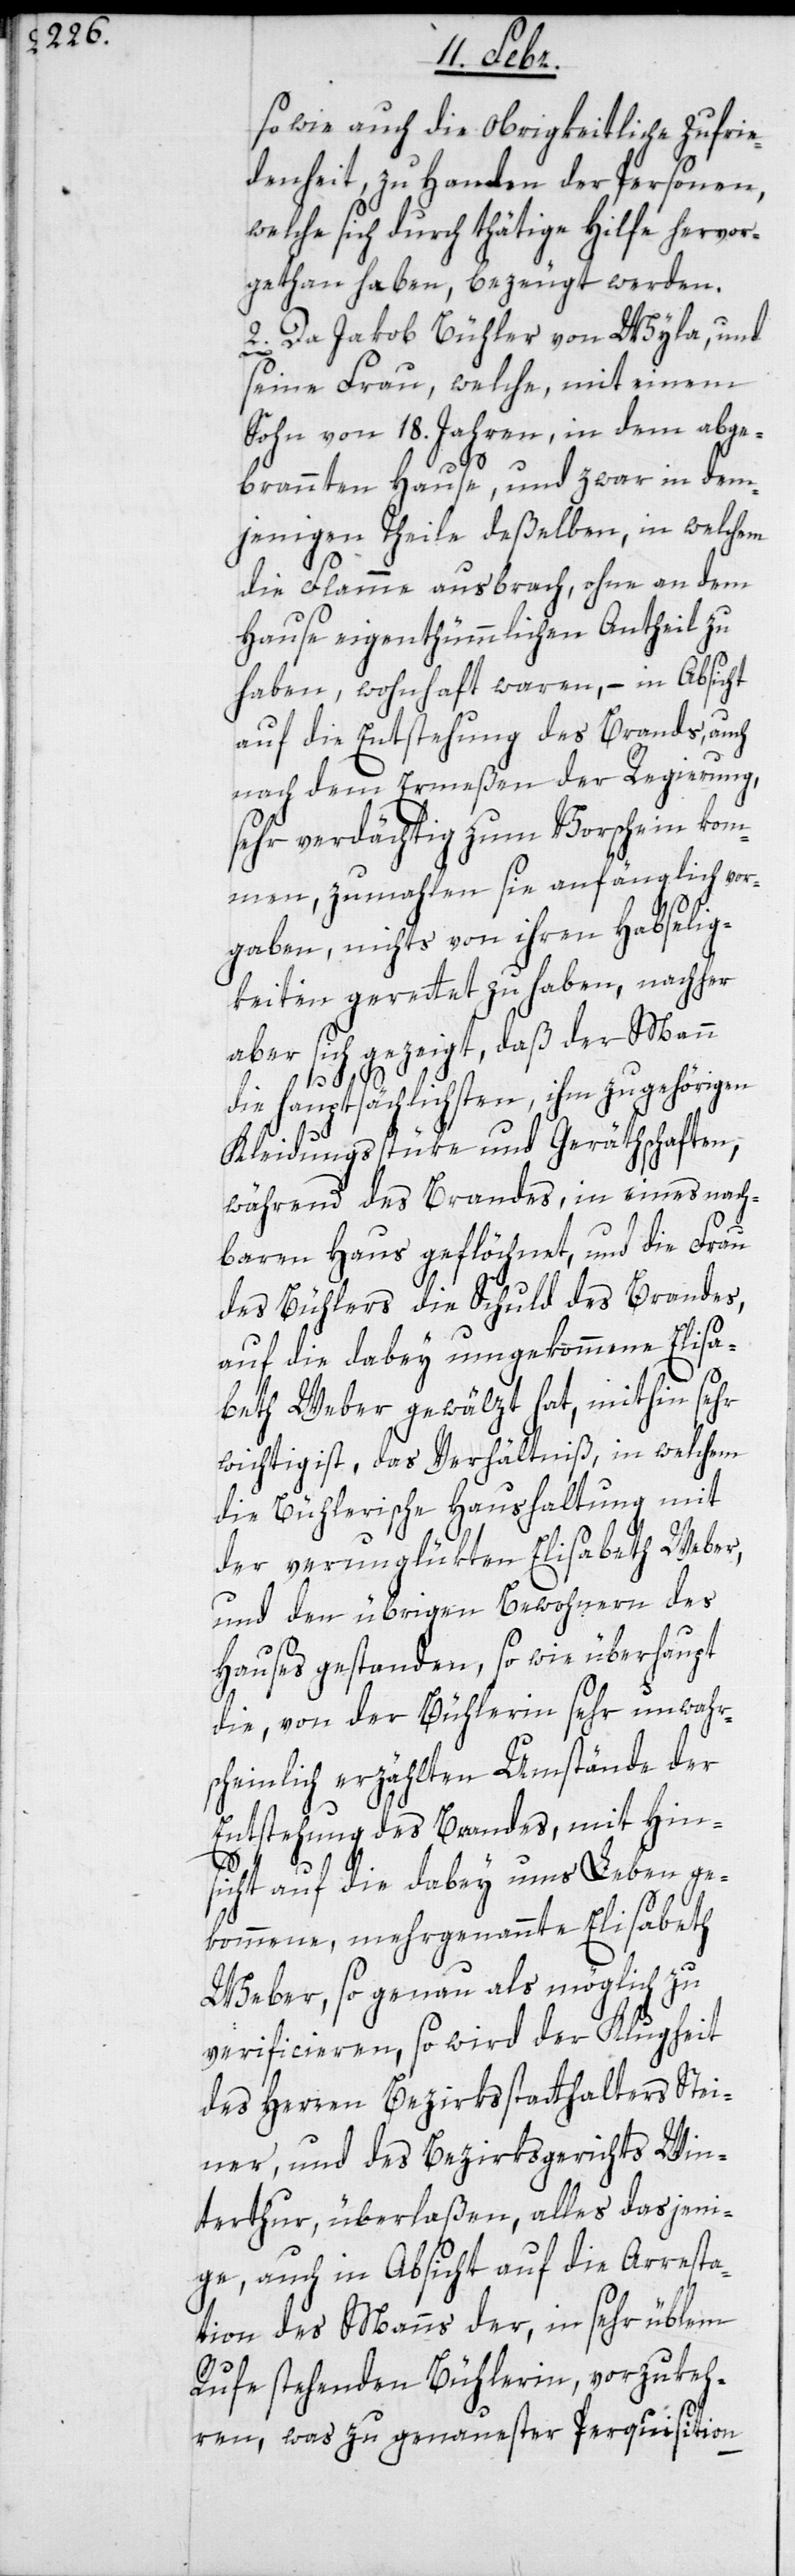
so wie auch die Obrigkeitliche Zufrie¬
denheit, zu Handen der Personen,
welche sich durch thätige Hilfe hervor¬
gethan haben, bezeugt werden.
2. Da Jakob Bühler von Wyla, und
seine Frau, welche, mit einem
Sohn von 18. Jahren, in dem abge¬
brannten Hause, und zwar in dem¬
jenigen Theile deßelben, in welchem
die Flamme ausbrach, ohne an dem
Hause eigentümmlichen Antheil zu
haben, wohnhaft waren, – in Absicht
auf die Entstehung des Brands, auch
nach dem Ermeßen der Regierung,
sehr verdächtig zum Vorschein kom¬
men, zumahlen sie anfänglich vor¬
gaben, nichts von ihren Habselig¬
keiten gerettet zu haben, nachher
aber sich gezeigt, daß der Mann
die hauptsächlichsten, ihm zugehörigen
Kleidungsstüke und Geräthschaften,
während des Brandes, in eines nach¬
baren Haus geflöchnet, und die Frau
des Bühlers die Schuld des Brandes,
auf die dabey umgekommene Elisa¬
beth Weber gewälzt hat, mithin sehr
wichtig ist, das Verhältniß, in welchem
die Bühlerische Haushaltung mit
der verunglükten Elisabeth Weber,
und den übrigen Bewohnern des
Hauses gestanden, sowie überhaupt
die, von der Bühlerin sehr unwahr¬
scheinlich erzählten Umstände der
Entstehung des Brandes, mit Hin¬
sicht auf die dabey ums Leben ge¬
kommene, mehrgenannte Elisabeth
Weber, so genau als möglich zu
verificieren, so wird der Klugheit
des Herren Bezirksstatthalters Stei¬
ner, und des Bezirksgerichts Win¬
terthur, überlaßen, alles dasjeni¬
ge, auch in Absicht auf die Arresta¬
tion des Manns der, in sehr üblem
Rufe stehenden Bühlerin, vorzukeh¬
ren, was zu genauester Perquisition